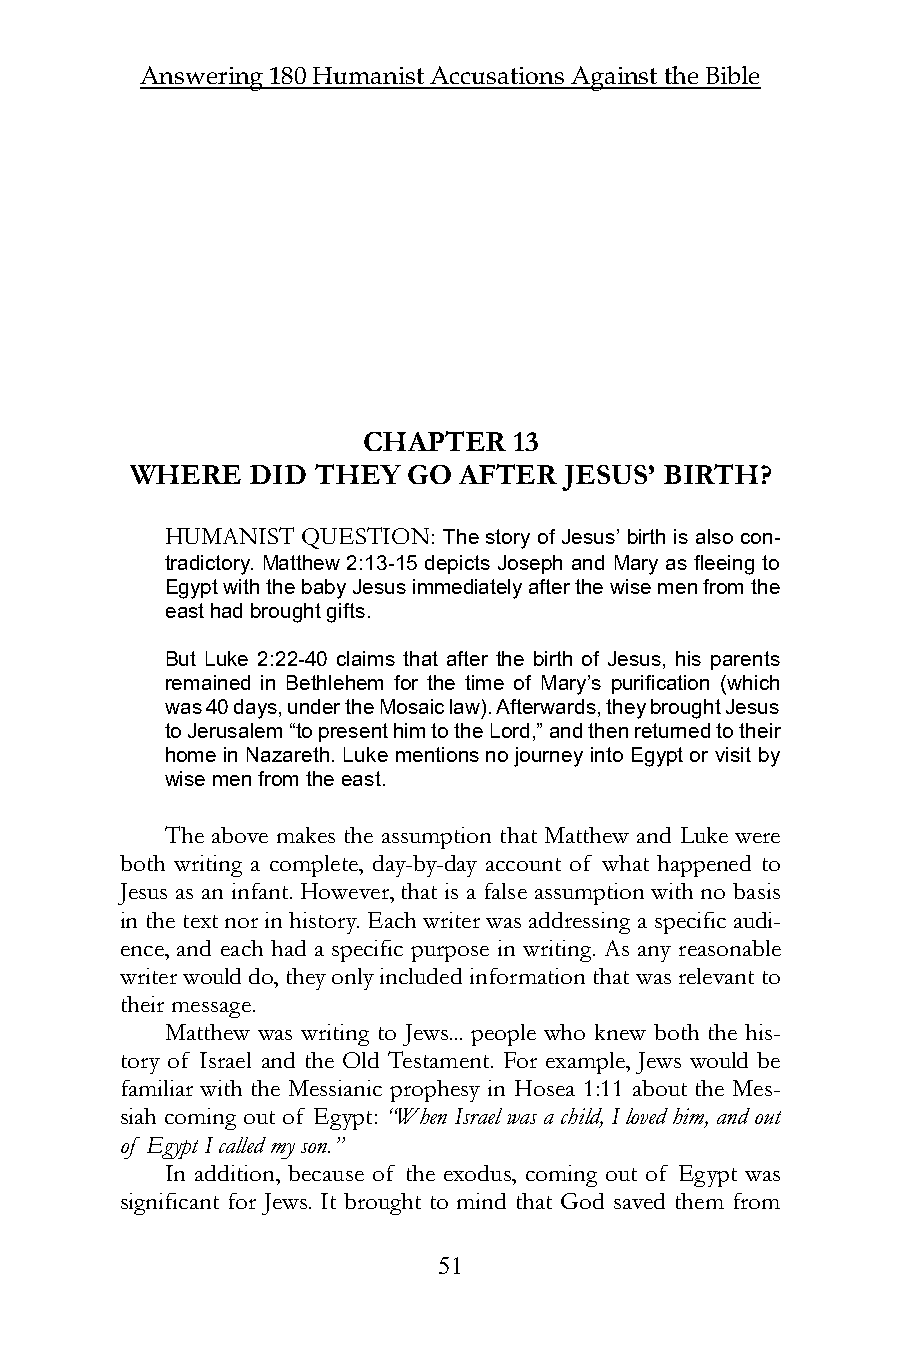
Answering 180 Humanist Accusations Against the Bible
 CHAPTER   13
 WHERE   DID THEY  GO AFTER  JESUS’ BIRTH?
 HUMANIST QUESTION: The story of Jesus’ birth is also con-
 tradictory. Matthew 2:13-15 depicts Joseph and Mary as fleeing to
 Egypt with the baby Jesus immediately after the wise men from the
 east had brought gifts.
 But Luke 2:22-40 claims that after the birth of Jesus, his parents
 remained in Bethlehem for the time of Mary’s purification (which
 was 40 days, under the Mosaic law). Afterwards, they brought Jesus
 to Jerusalem “to present him to the Lord,” and then returned to their
 home in Nazareth. Luke mentions no journey into Egypt or visit by
 wise men from the east.
 The above makes the assumption that Matthew and Luke were
 both writing a complete, day-by-day account of what happened to
 Jesus as an infant. However, that is a false assumption with no basis
 in the text nor in history. Each writer was addressing a specific audi-
 ence, and each had a specific purpose in writing. As any reasonable
 writer would do, they only included information that was relevant to
 their message.
 Matthew was writing to Jews... people who knew both the his-
 tory of Israel and the Old Testament. For example, Jews would be
 familiar with the Messianic prophesy in Hosea 1:11 about the Mes-
 siah coming out of Egypt: “When Israel was a child, I loved him, and out
 of Egypt I called my son.”
 In addition, because of the exodus, coming out of Egypt was
 significant for Jews. It brought to mind that God saved them from
 51